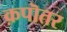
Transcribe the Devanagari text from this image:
क़पॊतर